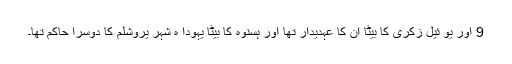
9 اور یو ئیل زکری کا بیٹا اُن کا عہدیدار تھا اور ہسّنوہ کا بیٹا یہودا ہ شہر یروشلم کا دوسرا حاکم تھا۔